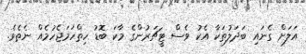
އަލަށް ގެނައި ބަދަލުތަކާ އެކު ވެސް ޓީޗަރުންގެ މާކަ ބޮޑު ހިތްހަމަޖެހުމެއް ނެތެވެ.